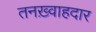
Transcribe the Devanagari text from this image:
तनख़्वाहदार